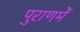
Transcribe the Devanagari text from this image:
पुराणमें